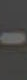
-